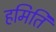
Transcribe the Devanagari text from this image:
हमिति